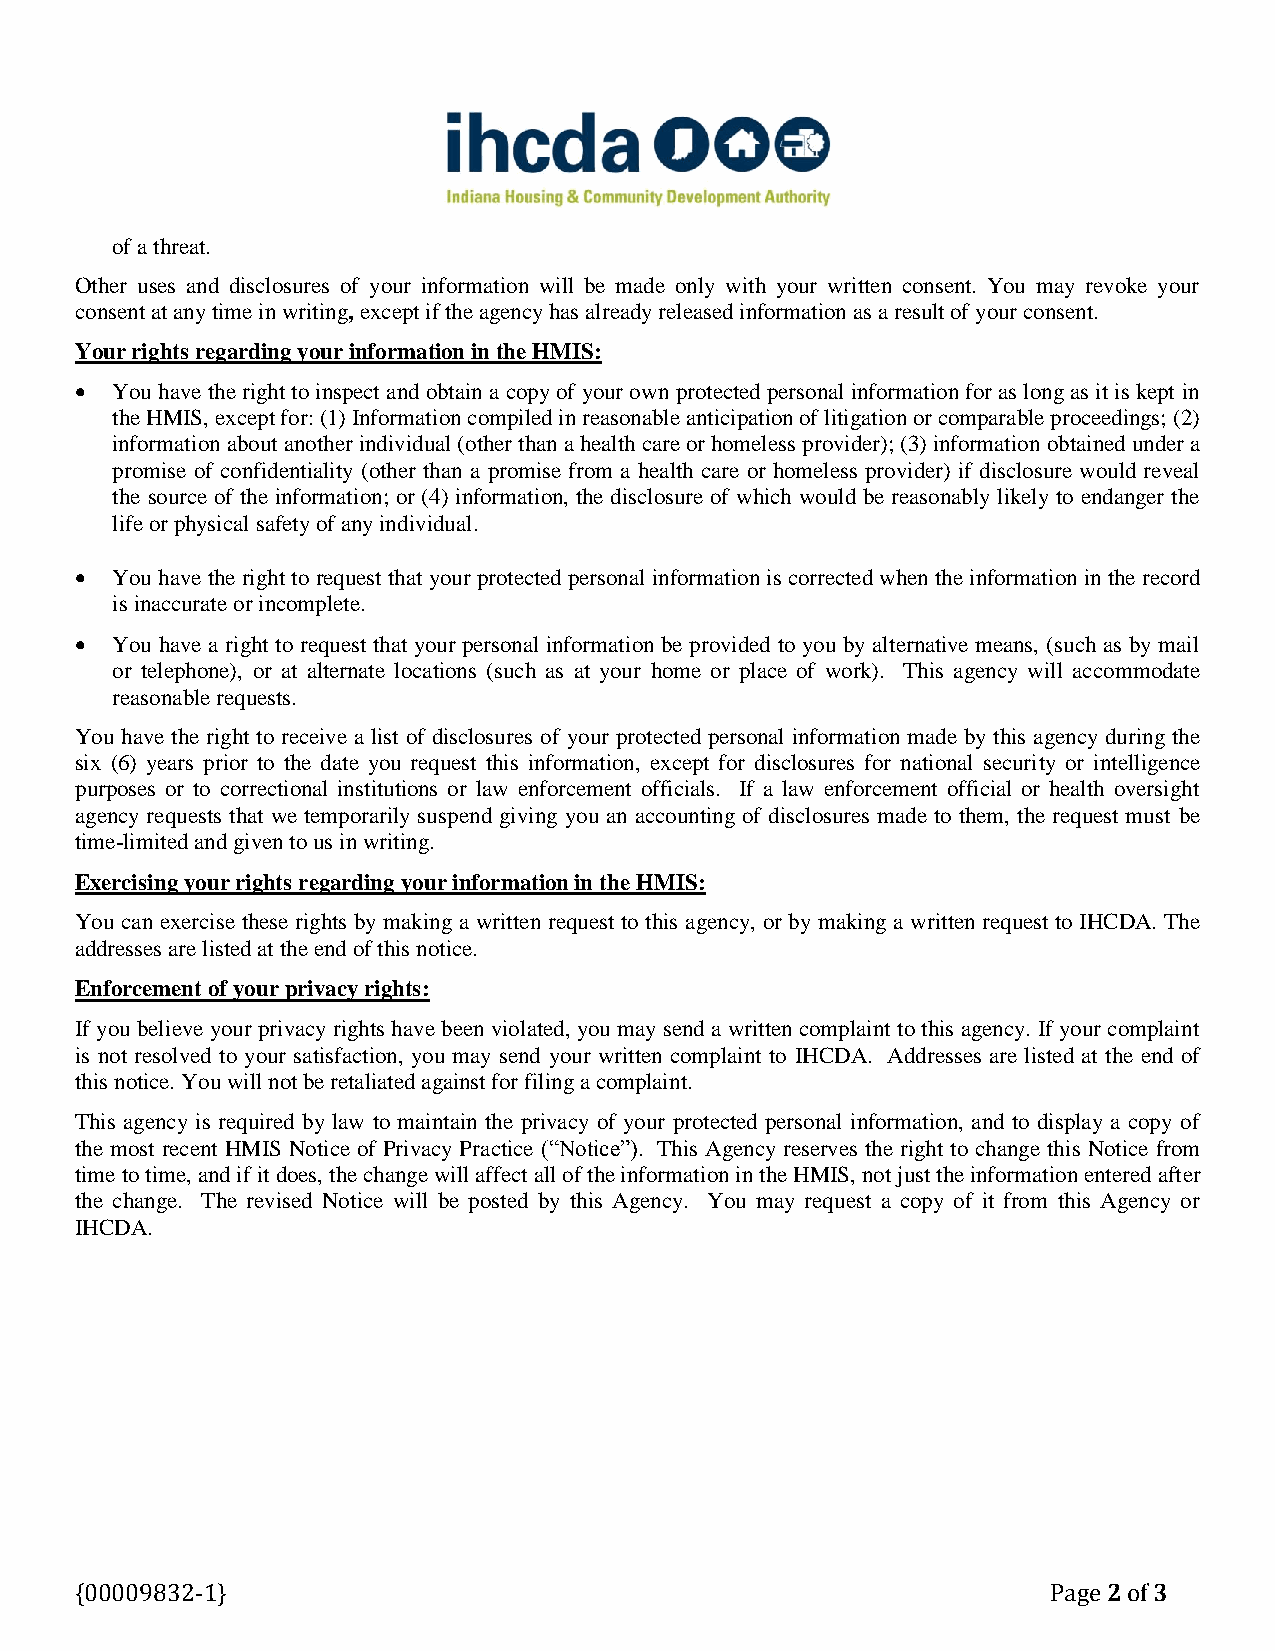
of a threat.
 Other uses and disclosures of your information will be made only with your written consent. You may revoke your
 consent at any time in writing, except if the agency has already released information as a result of your consent.
 Your rights regarding your information in the HMIS:
  You have the right to inspect and obtain a copy of your own protected personal information for as long as it is kept in
 the HMIS, except for: (1) Information compiled in reasonable anticipation of litigation or comparable proceedings; (2)
 information about another individual (other than a health care or homeless provider); (3) information obtained under a
 promise of confidentiality (other than a promise from a health care or homeless provider) if disclosure would reveal
 the source of the information; or (4) information, the disclosure of which would be reasonably likely to endanger the
 life or physical safety of any individual.
  You have the right to request that your protected personal information is corrected when the information in the record
 is inaccurate or incomplete.
  You have a right to request that your personal information be provided to you by alternative means, (such as by mail
 or telephone), or at alternate locations (such as at your home or place of work). This agency will accommodate
 reasonable requests.
 You have the right to receive a list of disclosures of your protected personal information made by this agency during the
 six (6) years prior to the date you request this information, except for disclosures for national security or intelligence
 purposes or to correctional institutions or law enforcement officials. If a law enforcement official or health oversight
 agency requests that we temporarily suspend giving you an accounting of disclosures made to them, the request must be
 time-limited and given to us in writing.
 Exercising your rights regarding your information in the HMIS:
 You can exercise these rights by making a written request to this agency, or by making a written request to IHCDA. The
 addresses are listed at the end of this notice.
 Enforcement of your privacy rights:
 If you believe your privacy rights have been violated, you may send a written complaint to this agency. If your complaint
 is not resolved to your satisfaction, you may send your written complaint to IHCDA. Addresses are listed at the end of
 this notice. You will not be retaliated against for filing a complaint.
 This agency is required by law to maintain the privacy of your protected personal information, and to display a copy of
 the most recent HMIS Notice of Privacy Practice (“Notice”). This Agency reserves the right to change this Notice from
 time to time, and if it does, the change will affect all of the information in the HMIS, not just the information entered after
 the change. The revised Notice will be posted by this Agency. You may request a copy of it from this Agency or
 IHCDA.
 {00009832-1}                                                     Page 2 of 3